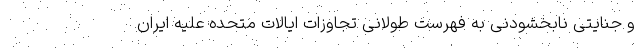
و جنایتی نابخشودنی به فهرست طولانی تجاوزات ایالات متحده علیه ایران